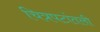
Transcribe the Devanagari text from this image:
चित्रपटांतली